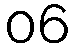
06